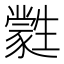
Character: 𤯼